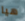
هيا